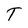
Character: T